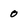
Character: 0